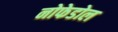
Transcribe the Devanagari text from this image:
नोफेडोल